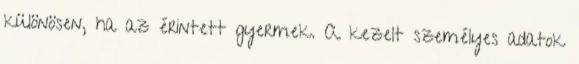
különösen, ha az érintett gyermek. A kezelt személyes adatok